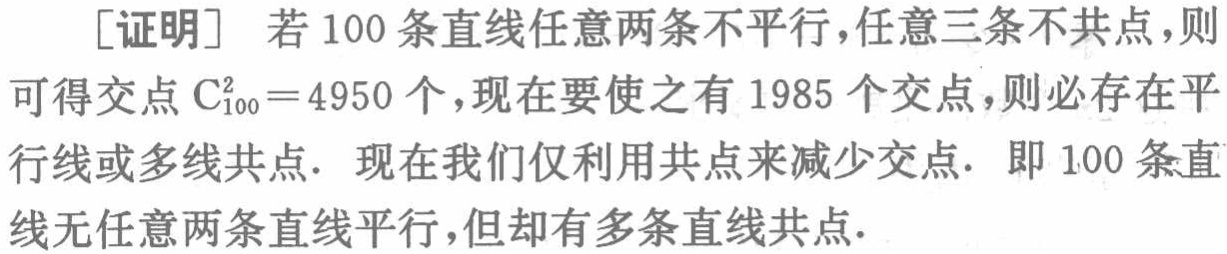
[证明] 若 100 条直线任意两条不平行,任意三条不共点,则可得交点 \(C_{100}^2 = 4950\) 个,现在要使之有 1985 个交点,则必存在平行线或多线共点. 现在我们仅利用共点来减少交点. 即 100 条直线无任意两条直线平行,但却有多条直线共点.